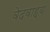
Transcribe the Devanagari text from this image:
वेदवाह्य